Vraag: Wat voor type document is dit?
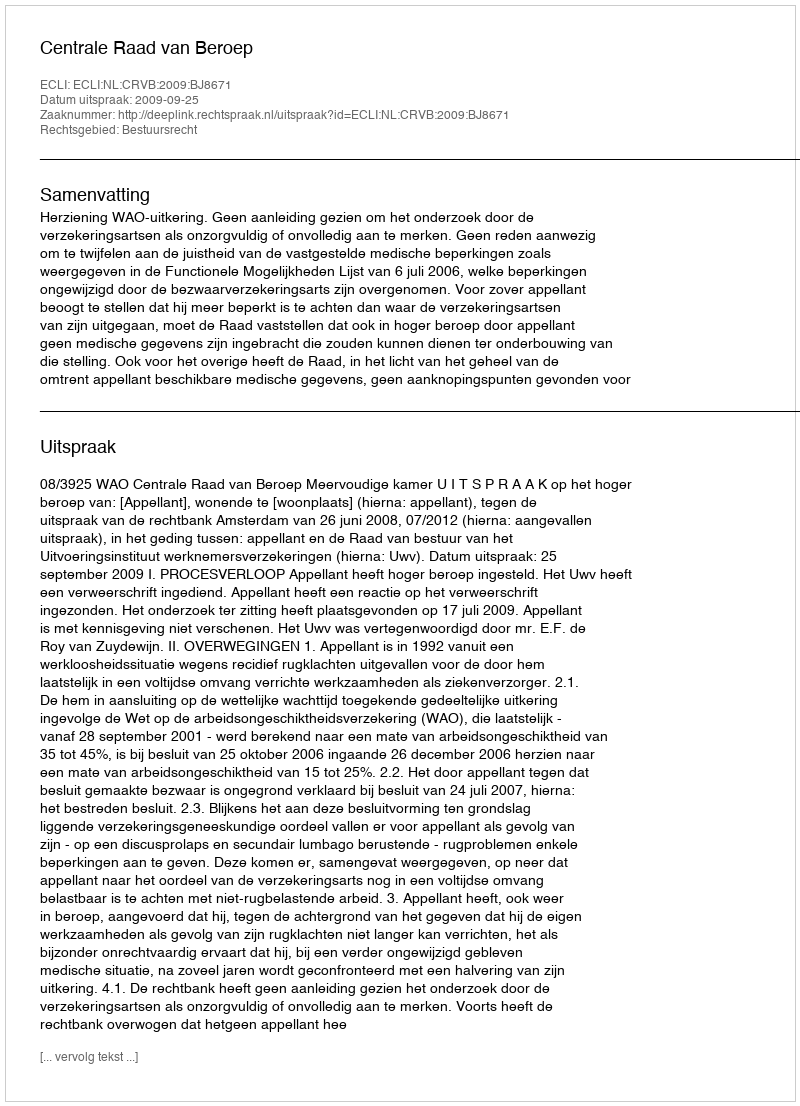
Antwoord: Uitspraak